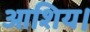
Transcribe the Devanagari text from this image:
आशिय।